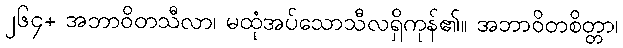
၂၆၄+ အဘာဝိတသီလာ၊ မထုံအပ်သောသီလရှိကုန်၏။ အဘာဝိတစိတ္တာ၊